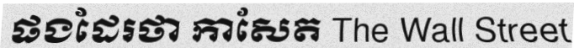
ផងដែរថា កាសែត The Wall Street